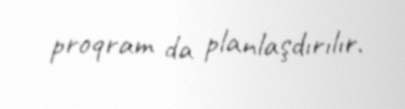
proqram da planlaşdırılır.